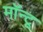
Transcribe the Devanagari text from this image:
मॉन्टू